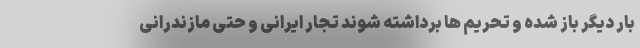
بار دیگر باز شده و تحریم ها برداشته شوند تجار ایرانی و حتی مازندرانی